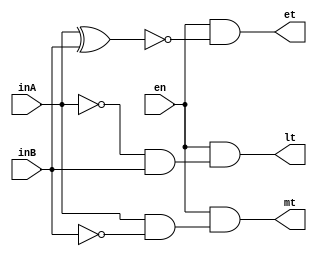
module Comparator(inA,inB,en,lt,mt,et);
	input inA, inB, en;
	output lt,mt,et;

wire AnB,ABn,AxnB;
wire An,Bn;

not(An,inA);
not(Bn,inB);
and(AnB,An,inB);
and(ABn,inA,Bn);
xnor(AxnB,inA,inB);

and(lt,en,AnB);
and(mt,en,ABn);
and(et,en,AxnB);

endmodule